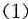
(1)